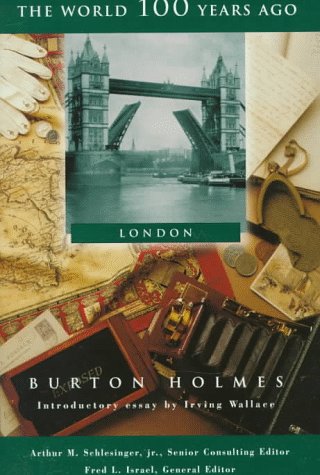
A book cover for London (World 100 Years Ago); Burton Holmes; Teen & Young Adult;